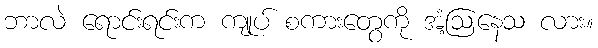
ဘာလဲ ရောင်းရင်းက ကျုပ် စကားတွေကို အံ့ဩနေသ လား။